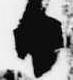
日